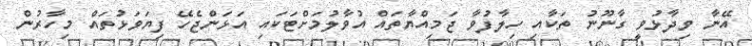
އޭނާ ވިދާޅުވީ ގާނޫނު ތަކާއި ހިލާފުވާ ޖަމިއްޔާތައް އުވާލުމަށްޓަކައި އަޅަންޖެހޭ ފިޔަވަޅުތައް މިހާރުން